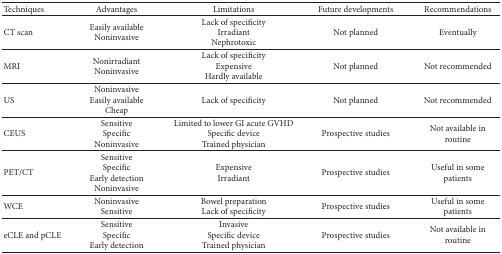
<table><thead><tr><td><b>Techniques</b></td><td><b>Advantages</b></td><td><b>Limitations</b></td><td><b>Future developments</b></td><td><b>Recommendations</b></td></tr></thead><tbody><tr><td>CT scan</td><td>Easily availableNoninvasive</td><td>Lack of specificityIrradiantNephrotoxic</td><td>Not planned</td><td>Eventually</td></tr><tr><td>MRI</td><td>NonirradiantNoninvasive</td><td>Lack of specificityExpensiveHardly available</td><td>Not planned</td><td>Not recommended</td></tr><tr><td>US</td><td>NoninvasiveEasily availableCheap</td><td>Lack of specificity</td><td>Not planned</td><td>Not recommended</td></tr><tr><td>CEUS</td><td>SensitiveSpecificNoninvasive</td><td>Limited to lower GI acute GVHDSpecific deviceTrained physician</td><td>Prospective studies</td><td>Not available in routine</td></tr><tr><td>PET/CT</td><td>SensitiveSpecificEarly detectionNoninvasive</td><td>ExpensiveIrradiant</td><td>Prospective studies</td><td>Useful in some patients</td></tr><tr><td>WCE</td><td>NoninvasiveSensitive</td><td>Bowel preparation Lack of specificity</td><td>Prospective studies</td><td>Useful in some patients</td></tr><tr><td>eCLE and pCLE</td><td>SensitiveSpecificEarly detection</td><td>InvasiveSpecific deviceTrained physician</td><td>Prospective studies</td><td>Not available in routine</td></tr></tbody></table>